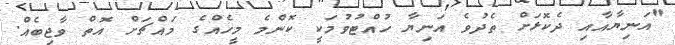
"އަނިޔާއާއި ދެކޮޅަށް ތެދުވެ އަނިޔާ ހުއްޓުވުމަކީ ކޮންމެ މީހެއްގެ މައްޗަށް އޮތް ވާޖިބެއް.